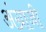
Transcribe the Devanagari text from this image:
अंग्राजी